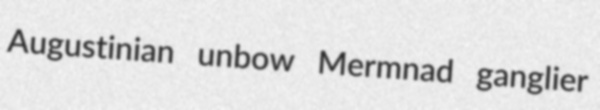
Augustinian unbow Mermnad ganglier